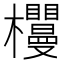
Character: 𣡠